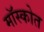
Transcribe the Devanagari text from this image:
मॉस्कोत